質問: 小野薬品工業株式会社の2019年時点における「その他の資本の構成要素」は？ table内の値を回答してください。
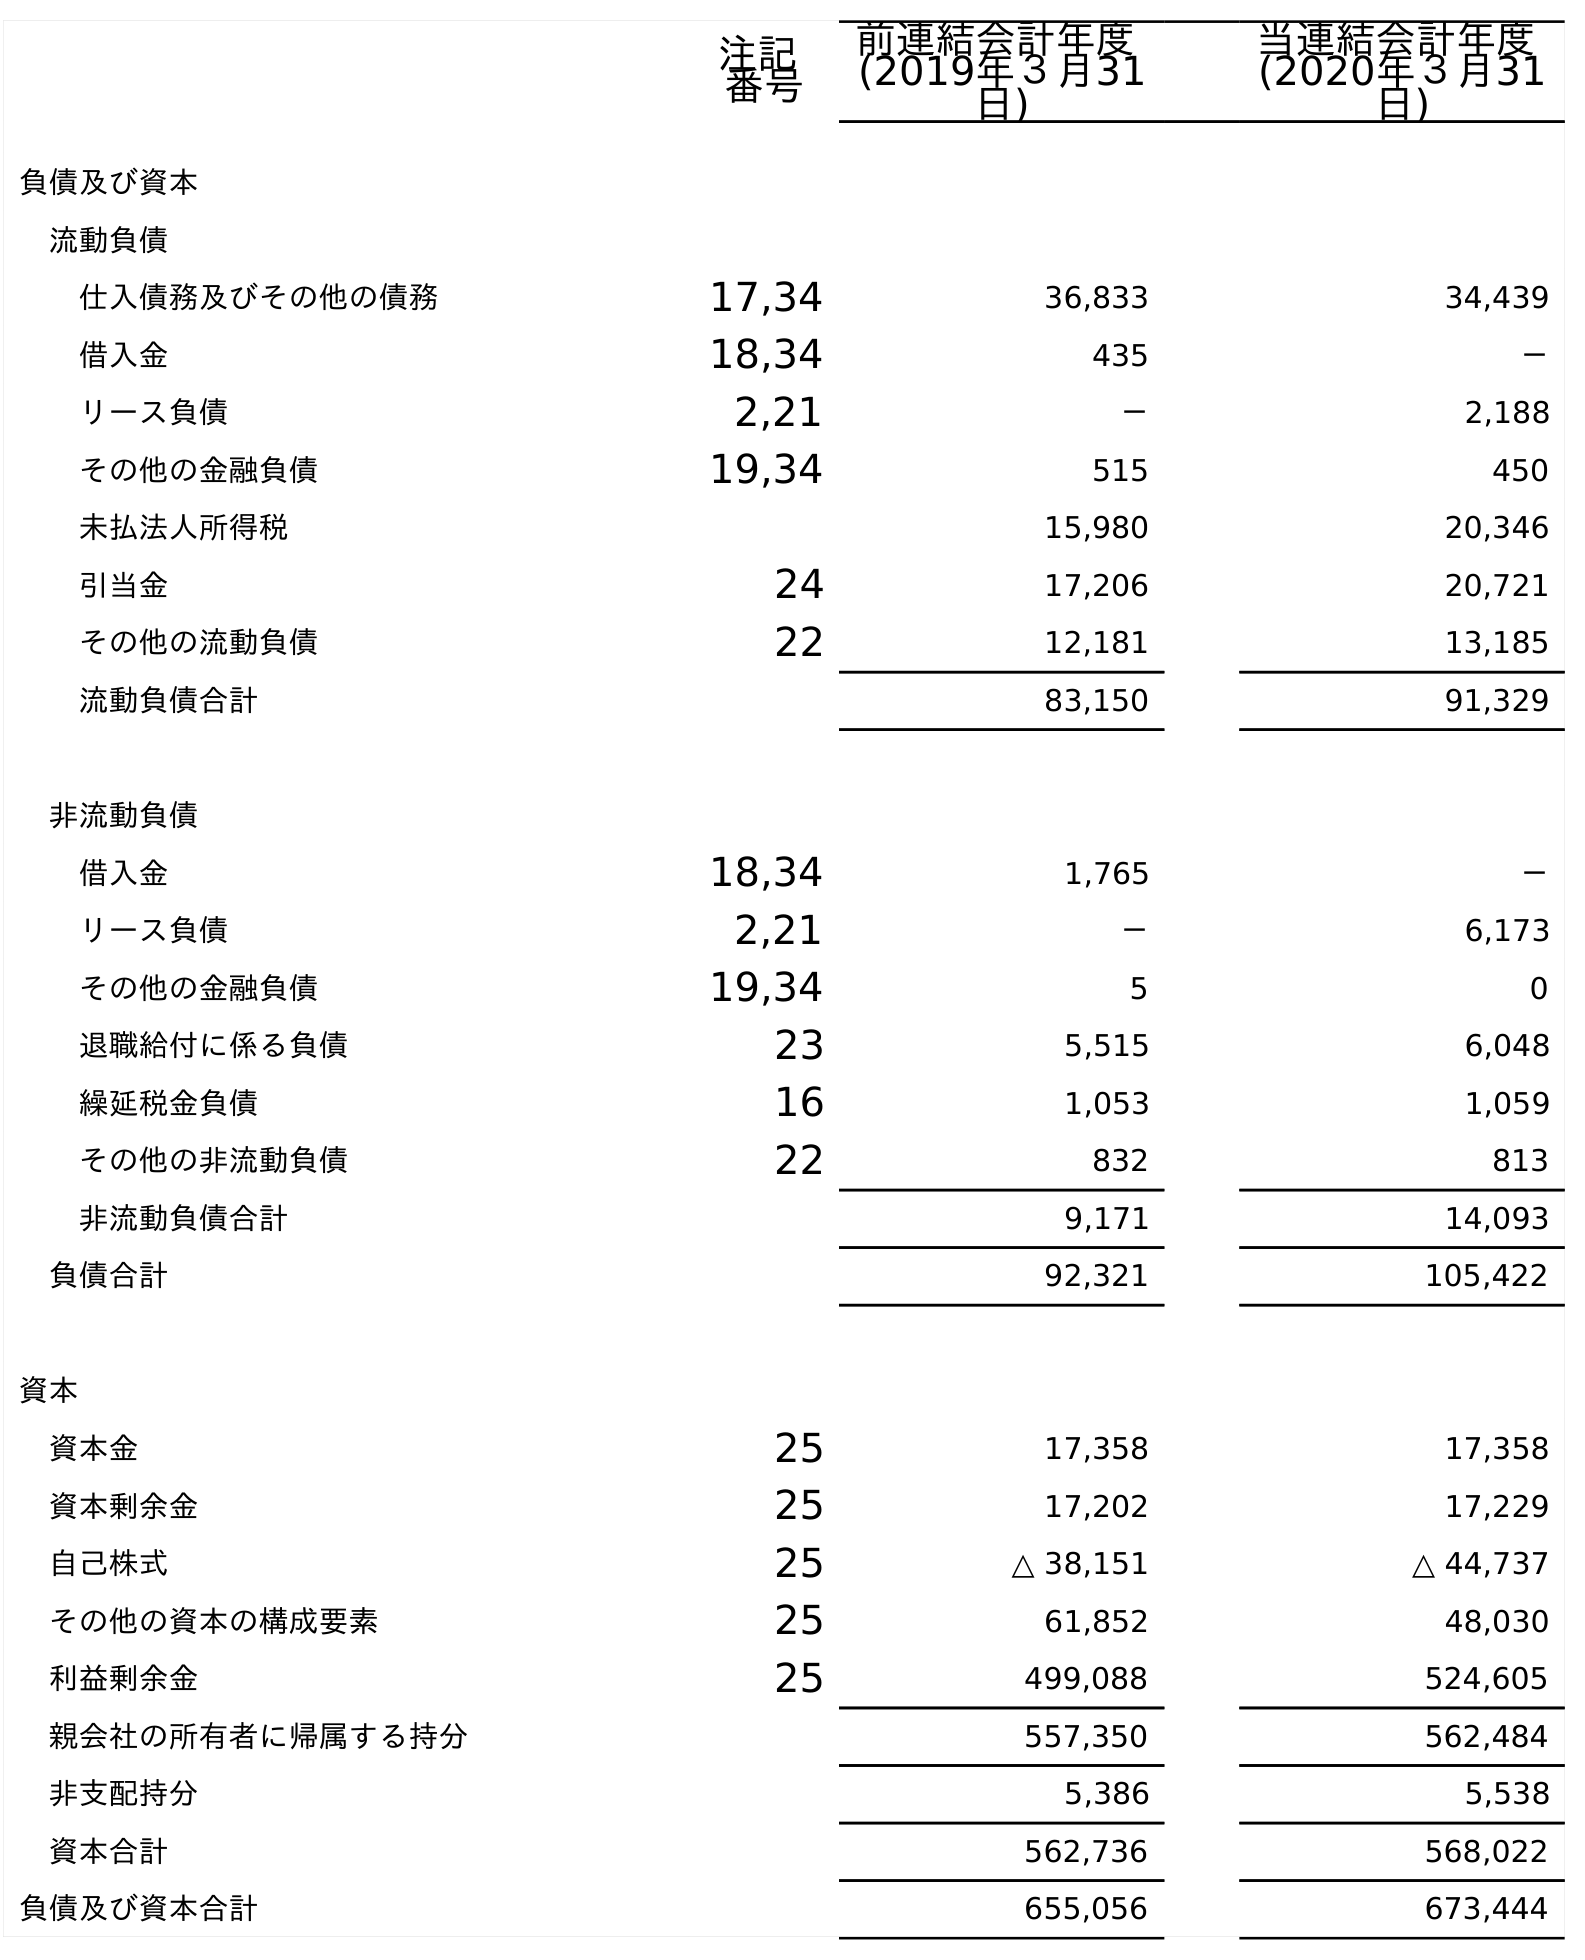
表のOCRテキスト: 注記 番号 前連結会計年度 (2019年３月31 日) 当連結会計年度 (2020年３月31 日) 負債及び資本 流動負債 仕入債務及びその他の債務 17,34 36,833 34,439 借入金 18,34 435 － リース負債 2,21 － 2,188 その他の金融負債 19,34 515 450 未払法人所得税 15,980 20,346 引当金 24 17,206 20,721 その他の流動負債 22 12,181 13,185 流動負債合計 83,150 91,329 非流動負債 借入金 18,34 1,765 － リース負債 2,21 － 6,173 その他の金融負債 19,34 5 0 退職給付に係る負債 23 5,515 6,048 繰延税金負債 16 1,053 1,059 その他の非流動負債 22 832 813 非流動負債合計 9,171 14,093 負債合計 92,321 105,422 資本 資本金 25 17,358 17,358 資本剰余金 25 17,202 17,229 自己株式 25 △ 38,151 △ 44,737 その他の資本の構成要素 25 61,852 48,030 利益剰余金 25 499,088 524,605 親会社の所有者に帰属する持分 557,350 562,484 非支配持分 5,386 5,538 資本合計 562,736 568,022 負債及び資本合計 655,056 673,444
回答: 61,852